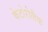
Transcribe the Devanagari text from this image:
केटोरोलैक